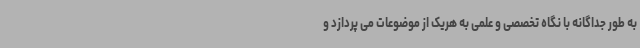
به طور جداگانه با نگاه تخصصی و علمی به هریک از موضوعات می پردازد و